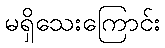
မရှိသေးကြောင်း